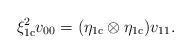
LaTeX: \begin{align*}\xi_{\mathrm{1c}}^2 v_{00} = (\eta_{\mathrm{1c}} \otimes \eta_{\mathrm{1c}})v_{11}.\end{align*}